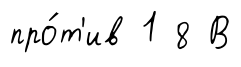
про́т'ив 1 8 В